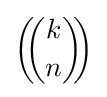
\left(\!\!{\binom {k}{n}}\!\!\right)